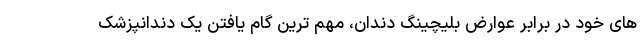
های خود در برابر عوارض بلیچینگ دندان، مهم ترین گام یافتن یک دندانپزشک